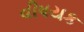
વીષયક